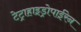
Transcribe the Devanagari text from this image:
टेट्राहाइड्रोपाईरेन